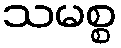
သမစ္စ